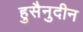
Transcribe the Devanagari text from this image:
हुसैनुदीन